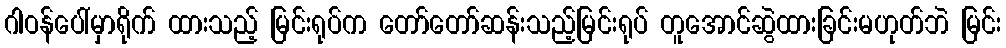
ဂါဝန်ပေါ်မှာရိုက် ထားသည့် မြင်းရုပ်က တော်တော်ဆန်းသည့်မြင်းရုပ် တူအောင်ဆွဲထားခြင်းမဟုတ်ဘဲ မြင်း